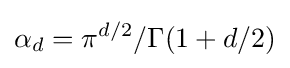
\alpha _{d}=\pi ^{d/2}/\Gamma (1+d/2)